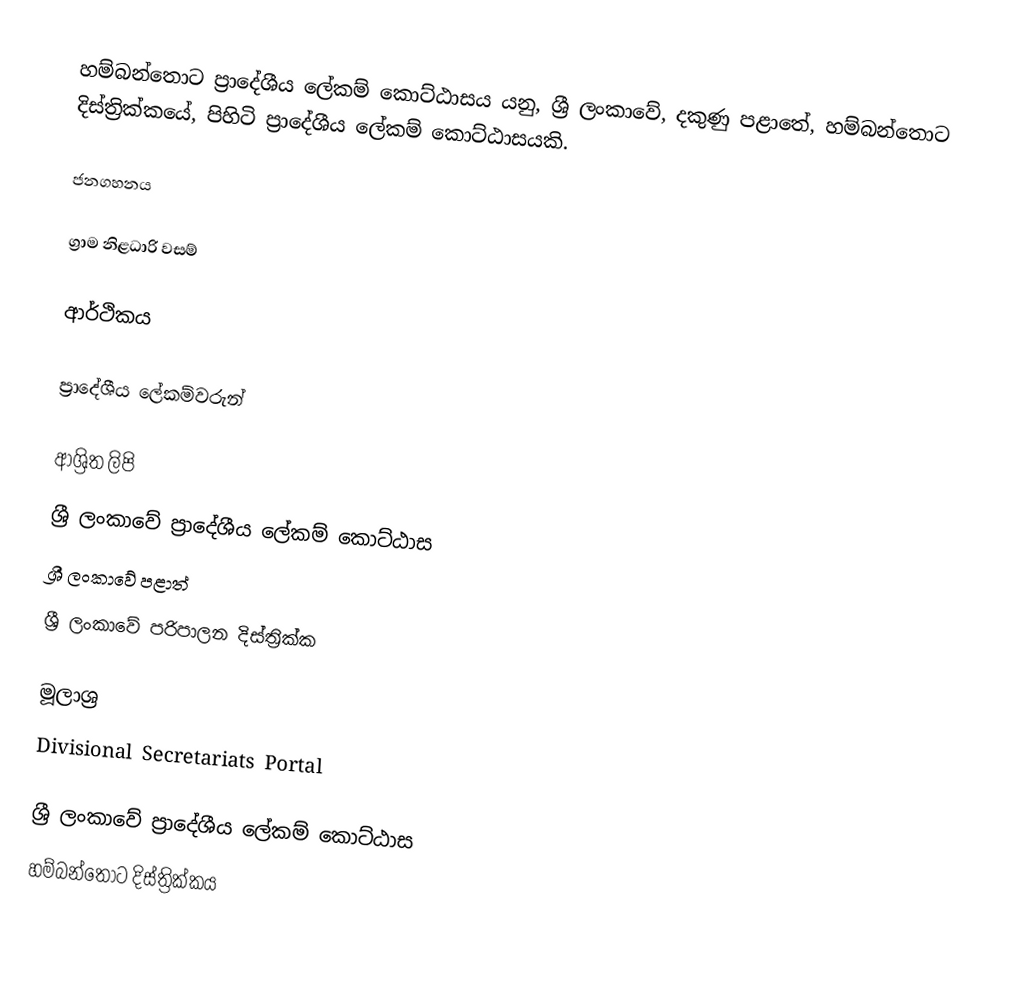
හම්බන්තොට ප්‍රාදේශීය ලේකම් කොට්ඨාසය යනු,  ශ්‍රී ලංකාවේ, දකුණු පළාතේ,   හම්බන්තොට දිස්ත්‍රික්කයේ, පිහිටි ප්‍රාදේශීය ලේකම් කොට්ඨාසයකි.

ජනගහනය

ග්‍රාම නිළධාරි වසම්

ආර්ථිකය

ප්‍රාදේශීය ලේකම්වරුන්

ආශ්‍රිත ලිපි
ශ්‍රී ලංකාවේ ප්‍රාදේශීය ලේකම් කොට්ඨාස
ශ්‍රී ලංකාවේ පළාත්
ශ්‍රී ලංකාවේ පරිපාලන දිස්ත්‍රික්ක

මූලාශ්‍ර
 Divisional Secretariats Portal

ශ්‍රී ලංකාවේ ප්‍රාදේශීය ලේකම් කොට්ඨාස
හම්බන්තොට දිස්ත්‍රික්කය